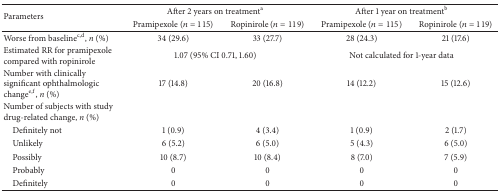
<table><thead><tr><td rowspan="2"><b>Parameters</b></td><td colspan="2"><b>After 2 years on treatment<sup>a</sup></b></td><td colspan="2"><b>After 1 year on treatment<sup>b</sup></b></td></tr><tr><td><b>Pramipexole (<i>n</i> = 115)</b></td><td><b>Ropinirole (<i>n</i> = 119)</b></td><td><b>Pramipexole (<i>n</i> = 115)</b></td><td><b>Ropinirole (<i>n</i> = 119)</b></td></tr></thead><tbody><tr><td>Worse from baseline<sup>c,d</sup>, <i>n</i> (%)</td><td>34 (29.6)</td><td>33 (27.7)</td><td>28 (24.3)</td><td>21 (17.6)</td></tr><tr><td>Estimated RR for pramipexole compared with ropinirole</td><td colspan="2">1.07 (95% CI 0.71, 1.60)</td><td colspan="2">Not calculated for 1-year data</td></tr><tr><td>Number with clinically significant ophthalmologic change<sup>e,f</sup>, <i>n</i> (%)</td><td>17 (14.8)</td><td>20 (16.8)</td><td>14 (12.2)</td><td>15 (12.6)</td></tr><tr><td>Number of subjects with study drug-related change, <i>n</i> (%)</td><td> </td><td> </td><td> </td><td> </td></tr><tr><td>Definitely not</td><td>1 (0.9)</td><td>4 (3.4)</td><td>1 (0.9)</td><td>2 (1.7)</td></tr><tr><td>Unlikely</td><td>6 (5.2)</td><td>6 (5.0)</td><td>5 (4.3)</td><td>6 (5.0)</td></tr><tr><td>Possibly</td><td>10 (8.7)</td><td>10 (8.4)</td><td>8 (7.0)</td><td>7 (5.9)</td></tr><tr><td>Probably</td><td>0</td><td>0</td><td>0</td><td>0</td></tr><tr><td>Definitely</td><td>0</td><td>0</td><td>0</td><td>0</td></tr></tbody></table>